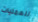
للعمليات